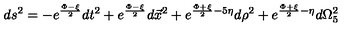
d s ^ { 2 } = - e ^ { \frac { \Phi - \xi } { 2 } } d t ^ { 2 } + e ^ { \frac { \Phi - \xi } { 2 } } d \vec { x } ^ { 2 } + e ^ { \frac { \Phi + \xi } { 2 } - 5 \eta } d \rho ^ { 2 } + e ^ { \frac { \Phi + \xi } { 2 } - \eta } d \Omega _ { 5 } ^ { 2 }